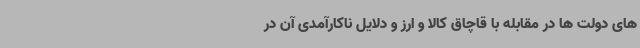
های دولت ها در مقابله با قاچاق کالا و ارز و دلایل ناکارآمدی آن در